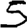
Digit: 5